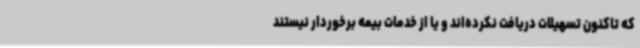
که تاکنون تسهیلات دریافت نکرده‌اند و یا از خدمات بیمه برخوردار نیستند